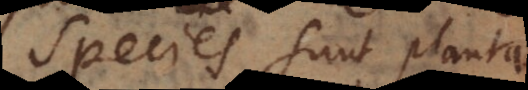
Species sunt plantae,